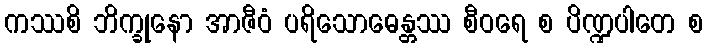
ကဿစိ ဘိက္ခုနော အာဇီဝံ ပရိသောဓေန္တဿ စီဝရေ စ ပိဏ္ဍပါတေ စ